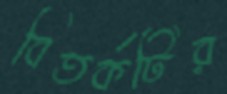
বিতর্কটির